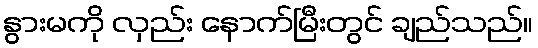
နွားမကို လှည်း နောက်မြီးတွင် ချည်သည်။